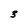
Character: 3